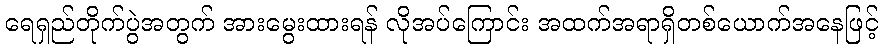
ရေရှည်တိုက်ပွဲအတွက် အားမွေးထားရန် လိုအပ်ကြောင်း အထက်အရာရှိတစ်ယောက်အနေဖြင့်